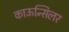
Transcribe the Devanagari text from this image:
काऊन्सिलर